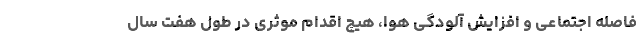
فاصله اجتماعی و افزایش آلودگی هوا، هیچ اقدام موثری در طول هفت سال